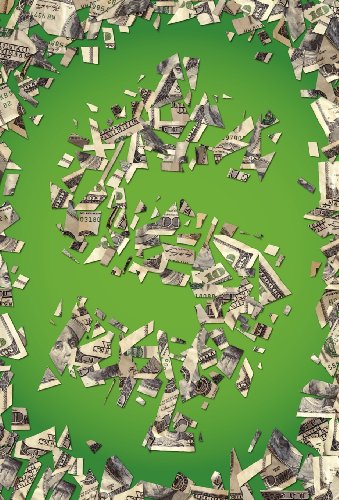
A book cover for The Cost of Ignorance: What You Don't Know About Performance-Based Insurance Can Save Your Company Millions; Robert Phelan; Business & Money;